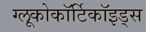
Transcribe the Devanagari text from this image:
ग्लूकोकॉर्टिकॉइड्स